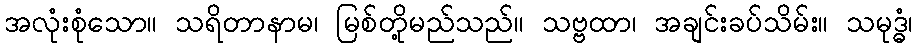
အလုံးစုံသော။ သရိတာနာမ၊ မြစ်တို့မည်သည်။ သဗ္ဗထာ၊ အချင်းခပ်သိမ်း။ သမုဒ္ဓံ၊